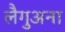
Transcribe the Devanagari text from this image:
लैगुअना